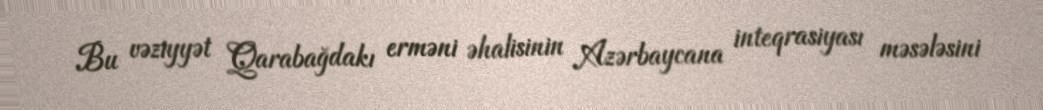
Bu vəziyyət Qarabağdakı erməni əhalisinin Azərbaycana inteqrasiyası məsələsini